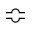
\Bumpeq